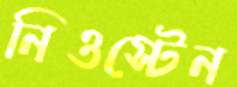
নিওস্টেন